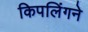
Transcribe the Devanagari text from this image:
किपलिंगने